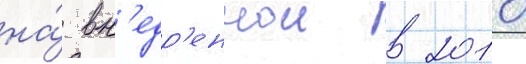
на́ вн'едр'еннои в 2010